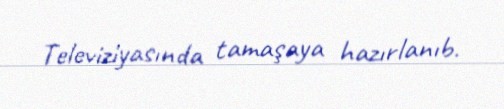
Televiziyasında tamaşaya hazırlanıb.